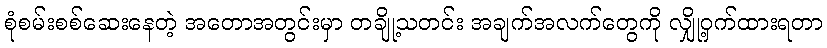
စုံစမ်းစစ်ဆေးနေတဲ့ အတောအတွင်းမှာ တချို့သတင်း အချက်အလက်တွေကို လျှို့ဝှက်ထားရတာ